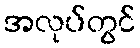
အလုပ်တွင်